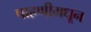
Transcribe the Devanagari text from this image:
पाहणीमधून